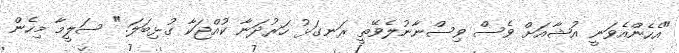
"އެހެންއެވަނީ އުޝާއަށް ވެސް ވިސްނާނުލެވޭތީ ރަނގަޅު ހަރުދަނާ ކުއްޖަކާ ގުޅިބަލަ." ސަލީމާ މިހެން